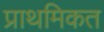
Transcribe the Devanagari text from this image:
प्राथमिकत